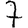
Digit: 7